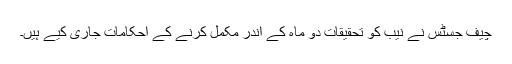
چیف جسٹس نے نیب کو تحقیقات دو ماہ کے اندر مکمل کرنے کے احکامات جاری کیے ہیں۔